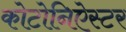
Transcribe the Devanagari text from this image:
कोटोनिऐस्टर